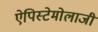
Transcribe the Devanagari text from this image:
ऐपिस्टेमोलाजी